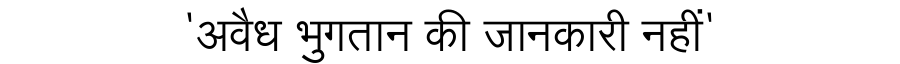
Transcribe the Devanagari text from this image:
'अवैध भुगतान की जानकारी नहीं'